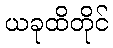
ယခုထိတိုင်